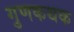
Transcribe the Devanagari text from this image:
गुणकथक